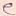
Text: e